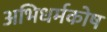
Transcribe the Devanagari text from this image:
अभिधर्मकोष